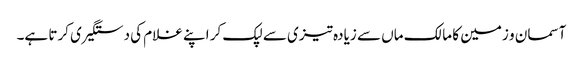
آسمان و زمین کا مالک ماں سے زیادہ تیزی سے لپک کر اپنے غلام کی دستگیری کرتا ہے۔